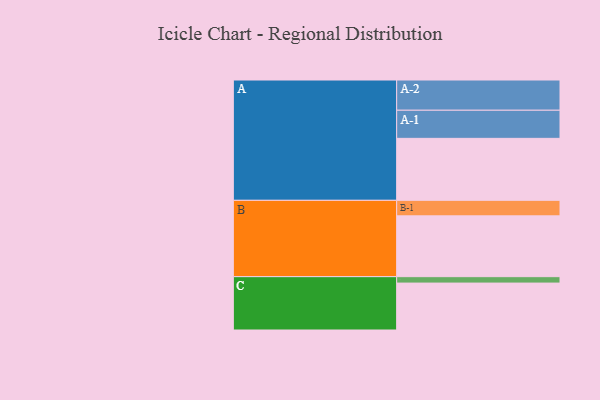
{"axis": {"x": "Segment", "y": "Value"}, "legend": ["", "A", "B", "C"], "data": [{"x": "A", "y": 531, "type": ""}, {"x": "B", "y": 521, "type": ""}, {"x": "C", "y": 402, "type": ""}, {"x": "A-1", "y": 241, "type": "A"}, {"x": "A-2", "y": 259, "type": "A"}, {"x": "B-1", "y": 133, "type": "B"}, {"x": "C-1", "y": 55, "type": "C"}]}